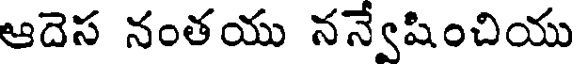
ఆదెస నంతయు నన్వేషించియు